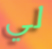
لي